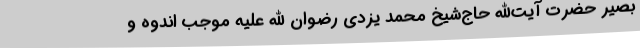
بصیر حضرت آیت‌الله حاج‌شیخ محمد یزدی رضوان الله علیه موجب اندوه و